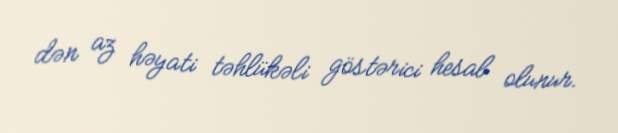
dən az həyati təhlükəli göstərici hesab olunur.